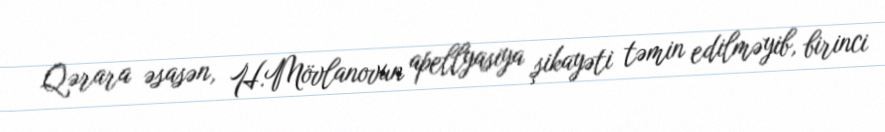
Qərara əsasən, H.Mövlanovun apellyasiya şikayəti təmin edilməyib, birinci